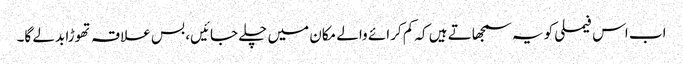
اب اس فیملی کو یہ سمجھاتے ہیں کہ کم کرائے والے مکان میں چلے جائیں، بس علاقہ تھوڑا بدلے گا۔